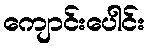
ကျောင်းပေါင်း